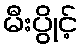
မီးပွိုင့်